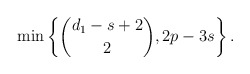
\begin{align*} \min\left\{ \binom{d_1-s+2}{2}, 2p-3s \right\}. \end{align*}